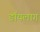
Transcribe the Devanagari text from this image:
डॉयलाग